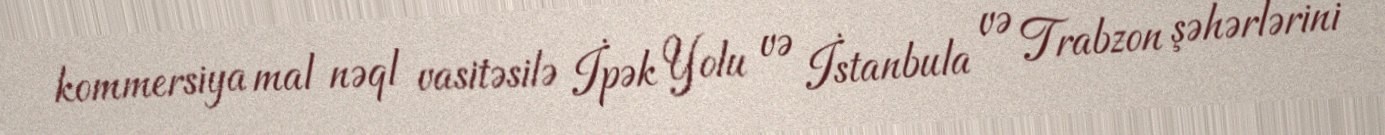
kommersiya mal nəql vasitəsilə İpək Yolu və İstanbula və Trabzon şəhərlərini